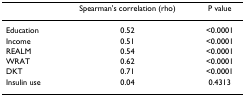
<table><thead><tr><td>[EMPTY_CELL]</td><td><b>Spearman's correlation (rho)</b></td><td><b>P value</b></td></tr></thead><tbody><tr><td>Education</td><td>0.52</td><td>&lt;0.0001</td></tr><tr><td>Income</td><td>0.51</td><td>&lt;0.0001</td></tr><tr><td>REALM</td><td>0.54</td><td>&lt;0.0001</td></tr><tr><td>WRAT</td><td>0.62</td><td>&lt;0.0001</td></tr><tr><td>DKT</td><td>0.71</td><td>&lt;0.0001</td></tr><tr><td>Insulin use</td><td>0.04</td><td>0.4313</td></tr></tbody></table>